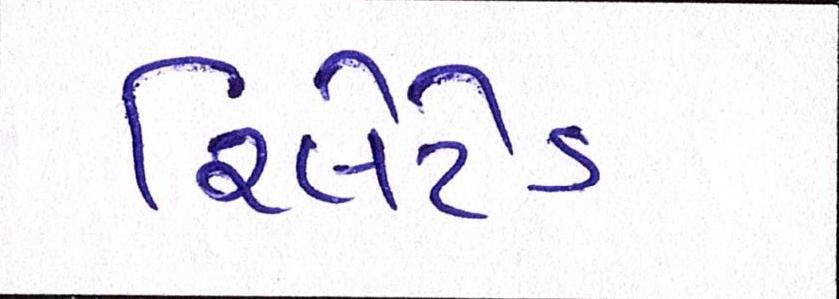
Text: રિલેટેડ